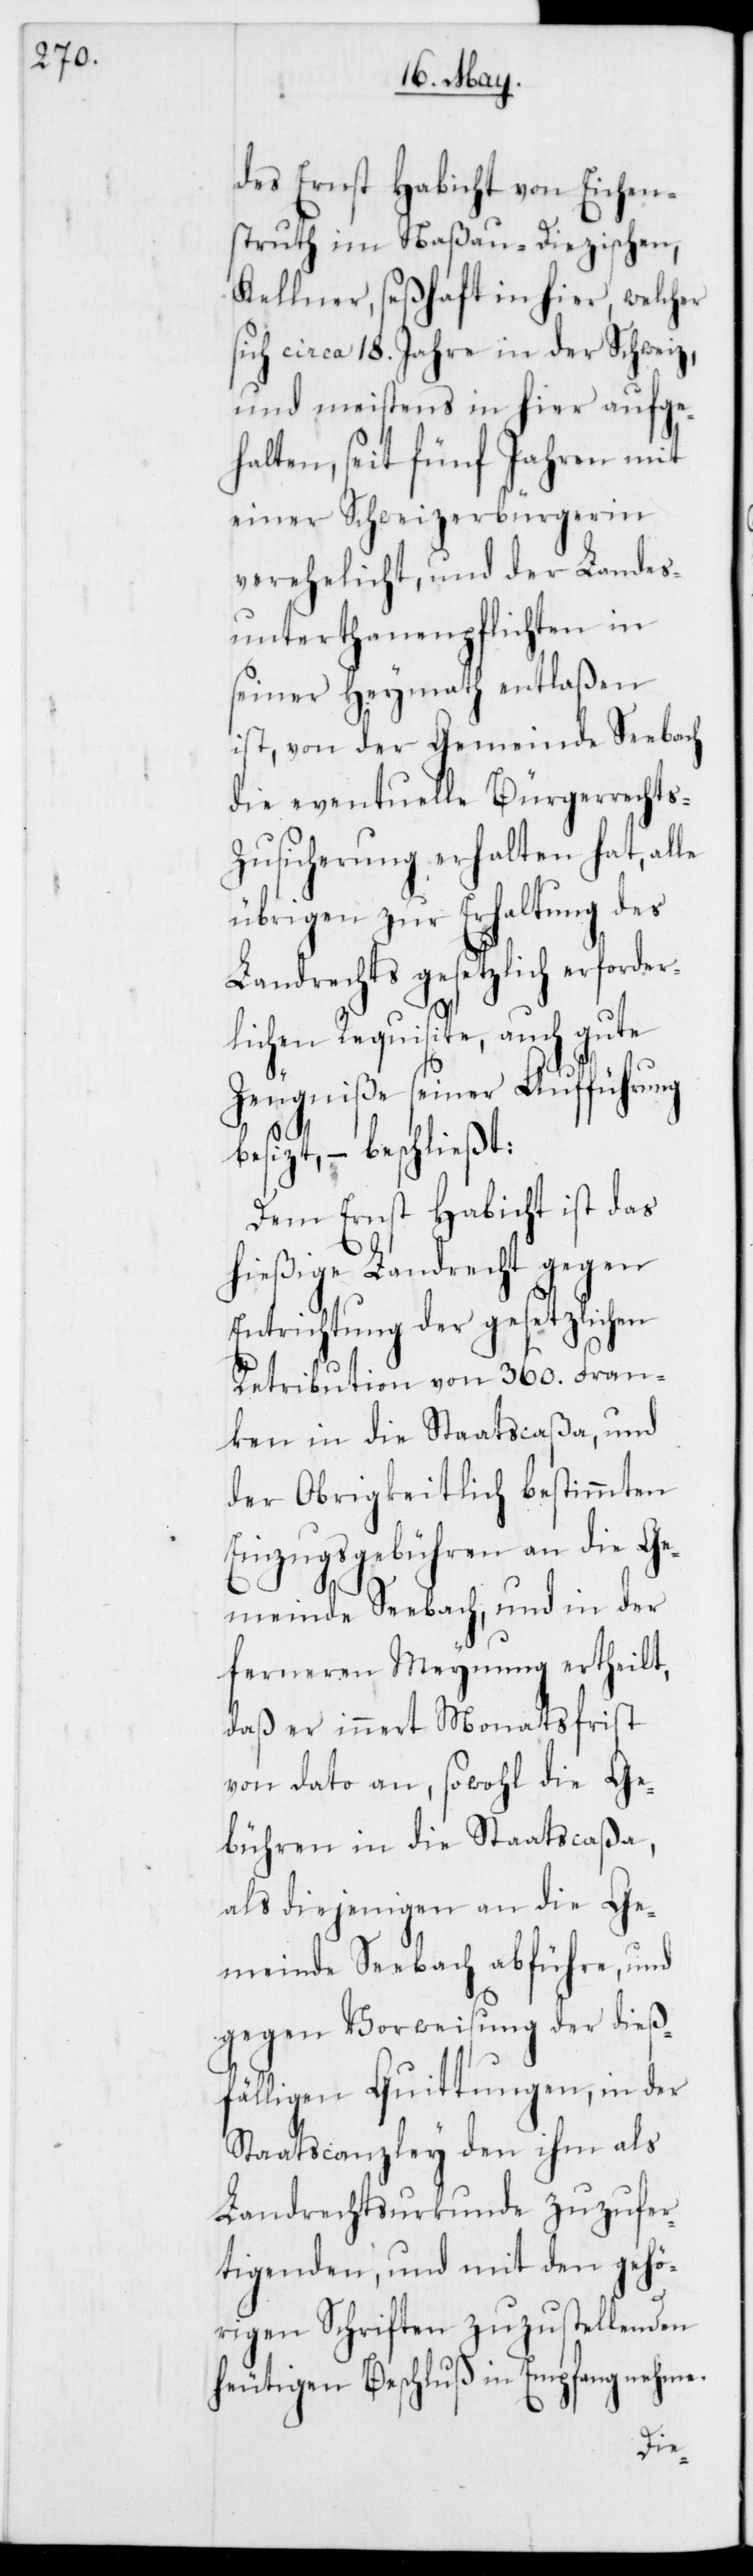
des Ernst Habicht von Eichen¬
struth im Naßau-Diezischen,
Kellner, seßhaft in hier, welcher
sich circa 18. Jahre in der Schweiz,
und meistens in hier aufge¬
halten, seit fünf Jahren mit
einer Schweizerbürgerin
verehelicht, und der Landes¬
unterthanenpflichten in
seiner Heymath entlaßen
ist, von der Gemeinde Seebach
die eventuelle Bürgerrecht¬
usicherung erhalten hat, alle
übrigen zur Erhaltung des
Landrechts gesetzlich erforder¬
lichen Requisite, auch gute
Zeugniße seiner Au¬
besizt, – beschließt:
Dem Ernst Habicht ist das
hießige Landrecht gegen
Entrichtung der gese¬
Fran¬
Retribution von 360.
ken in die Staatscaßa, und
der Obrigkeitlich bestimmten
Ge¬
Einzugsgebühren an
meinde Seebach, und in der
ferneren Meynung ertheilt,
daß er innert Monatsfrist
von dato an, sowohl die Ge¬
bühren in die Staatscaßa,
als diejenigen an die Ge¬
meinde Seebach abführe, und
gegen Vorweisung der dieß¬
fälligen Quittungen, in der
Staatscanzley den ihm als
Landrechtsurkunde zuzufer¬
tigenden, und mit den gehö¬
rigen Schriften zuzustellenden
heutigen Beschluß in Empfang nehme.
die